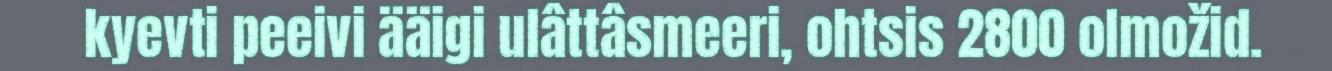
kyevti peeivi ääigi ulâttâsmeeri, ohtsis 2800 olmožid.